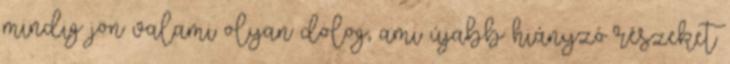
mindig jön valami olyan dolog, ami újabb hiányzó részeket